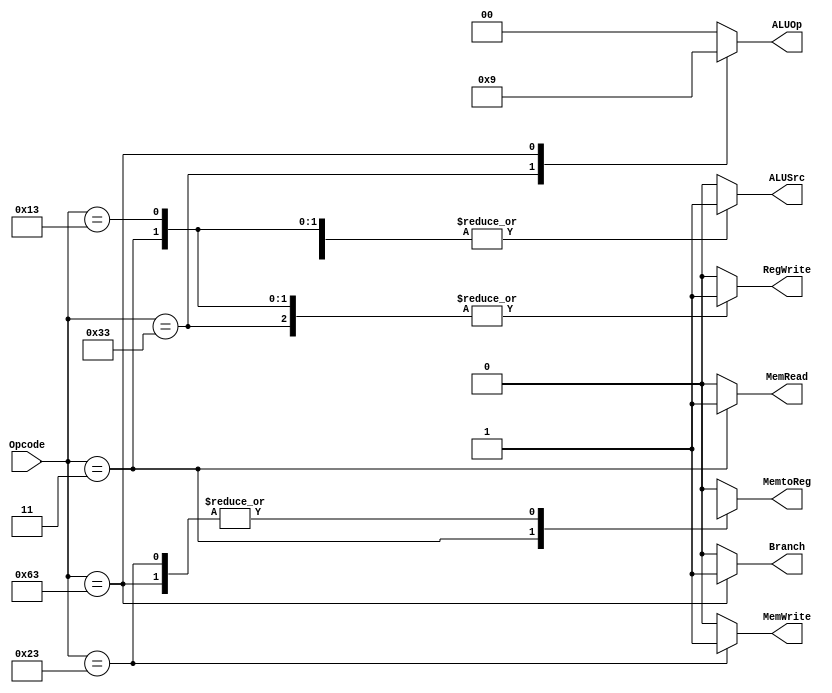
`timescale 1ns / 1ps
//////////////////////////////////////////////////////////////////////////////////
// Company: 
// Engineer: 
// 
// Design Name: 
// Module Name: Control_Unit
// Project Name: 
// Target Devices: 
// Tool Versions: 
// Description: 
// 
// Dependencies: 
// 
// Revision:
// Revision 0.01 - File Created
// Additional Comments:
// 
//////////////////////////////////////////////////////////////////////////////////


module Control_Unit
(
	input [6:0] Opcode,
	output reg Branch, MemRead, MemtoReg, MemWrite, ALUSrc, RegWrite,
	output reg [1:0] ALUOp
);
	always @ (Opcode)
	begin
		case (Opcode)
			7'b0110011: //R type (51)
				begin
					Branch = 0;
					MemRead = 0;
					MemtoReg = 0;
					MemWrite = 0;
					ALUSrc = 0;
					RegWrite = 1;
					ALUOp = 2'b10;
				end
			7'b0000011: //ld (3)
				begin
					Branch = 0;
					MemRead = 1;
					MemtoReg = 1;
					MemWrite = 0;
					ALUSrc = 1;
					RegWrite = 1;
					ALUOp = 2'b00;
				end
			7'b0010011: //addi (19)
				begin
					Branch = 0;
					MemRead = 0;
					MemtoReg = 0;
					MemWrite = 0;
					ALUSrc = 1;
					RegWrite = 1;
					ALUOp = 2'b00;
				end

			7'b0100011: // I type SD  (35)
				begin
					Branch = 0;
					MemRead = 0;
					MemtoReg = 1'bx;
					MemWrite = 1;
					ALUSrc = 1;
					RegWrite = 0;
					ALUOp = 2'b00;
				end
			7'b1100011://SB type blt and beq  99
				begin
					Branch = 1;
					MemRead = 0;
					MemtoReg = 1'bx;
					MemWrite = 0;
					ALUSrc = 0;
					RegWrite = 0;
					ALUOp = 2'b01;
				end
			default:
               begin
                ALUSrc   = 1'b0;
                MemtoReg = 1'b0;
                RegWrite = 1'b0;
                MemRead  = 1'b0;
                MemWrite = 1'b0;
                Branch   = 1'b0;
                ALUOp    = 2'b00;     
               end
		endcase
	end

endmodule